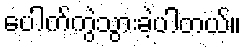
ပေါက်ကွဲသွားခဲ့ပါတယ်။